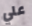
علي